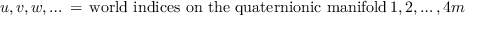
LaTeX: u , v , w , \dots \, = \, \mathrm { w o r l d ~ i n d i c e s ~ o n ~ t h e ~ q u a t e r n i o n i c ~ m a n i f o l d } \, 1 , 2 , \dots , 4 m